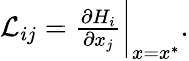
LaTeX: \begin{array}{r}{{\mathcal{L}}_{ij}=\frac{\partial H_{i}}{\partial{x_{j}}}\bigg\vert_{x={x}^{*}}.}\end{array}